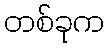
တစ်ခုက